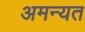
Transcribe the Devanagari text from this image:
अमन्यत